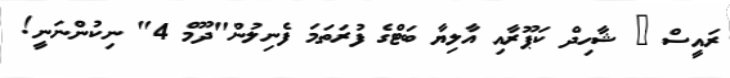
ރައީސް @ ޝާހިދް ކަޕޫރާއި އާލިޔާ ބަޓްގެ ފުރަތަމަ ފެނިލުން"ދޫމް 4" ނިކުންނަނީ!